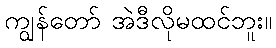
ကျွန်တော် အဲဒီလိုမထင်ဘူး။